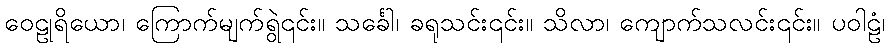
ဝေဠုရိယော၊ ကြောက်မျက်ရွဲ၎င်း။ သင်္ခေါ၊ ခရုသင်း၎င်း။ သိလာ၊ ကျောက်သလင်း၎င်း။ ပဝါဠံ၊